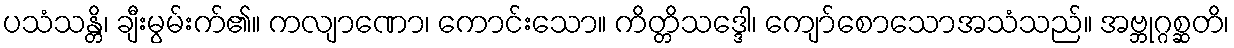
ပသံသန္တိ၊ ချီးမွမ်းက်၏။ ကလျာဏော၊ ကောင်းသော။ ကိတ္တိသဒ္ဒေါ၊ ကျော်စောသောအသံသည်။ အဗ္ဘုဂ္ဂစ္ဆတိ၊